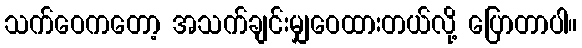
သက်ဝေကတော့ အသက်ချင်းမျှဝေထားတယ်လို့ ပြောတာပါ။